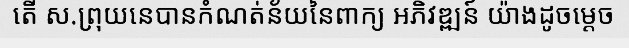
តើ ស.ព្រុយនេបានកំណត់ន័យនៃពាក្យ អភិវឌ្ឍន៍ យ៉ាងដូចម្តេច